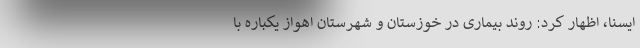
ایسنا، اظهار کرد: روند بیماری در خوزستان و شهرستان اهواز یکباره با